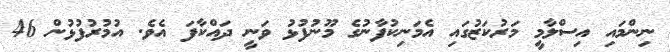
ނިންމައި އިސްލާމީ މަރުކަޒުގައި އެމަނިކުފާނުގެ މޫނުފުޅު ވަނީ ދައްކާފަ އެވެ. އުމުރުފުޅުން 46